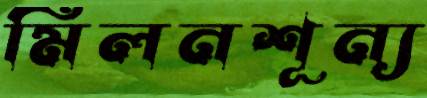
মিলনশূন্য